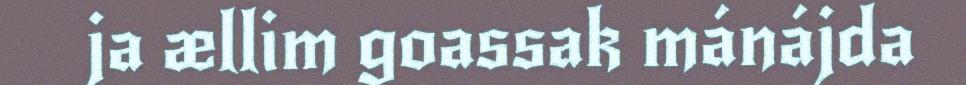
ja ællim goassak mánájda